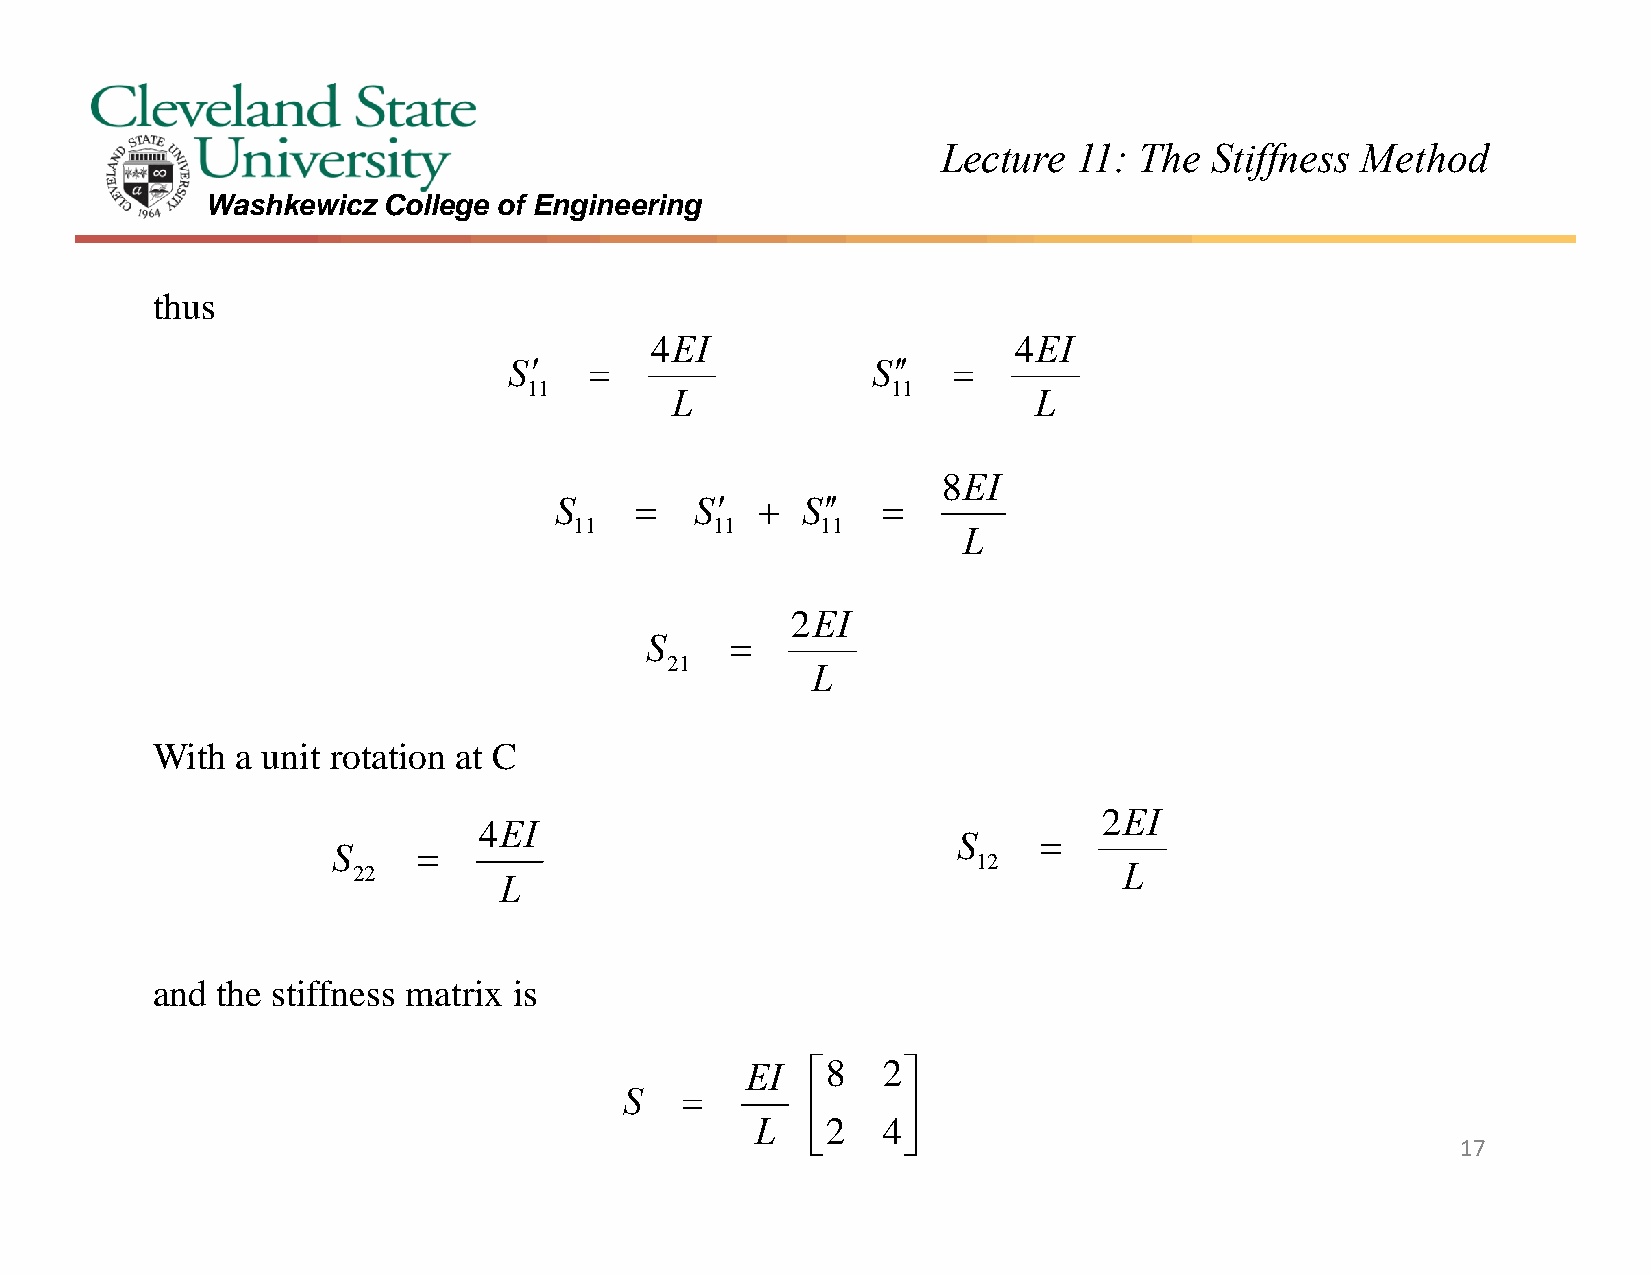
Lecture  11: The  Stiffness Method
 Washkewicz College of Engineering
 thus
 4EI                     4EI
 S                     S  
 11                      11
 L                        L
 8EI
 S       S    S  
 11       11     11
 L
 2EI
 S    
 21
 L
 With  a unit rotation at C
 2EI
 4EI
 S     
 S     
 12
 22                                                 L
 L
 and the stiffness matrix is
 EI   8  2
 S   
      
 L    2  4
      
 17